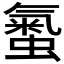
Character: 𧏨